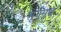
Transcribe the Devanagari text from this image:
सूर्यमन्त्र